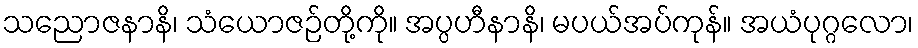
သညောဇနာနိ၊ သံယောဇဉ်တို့ကို။ အပ္ပဟီနာနိ၊ မပယ်အပ်ကုန်။ အယံပုဂ္ဂလော၊